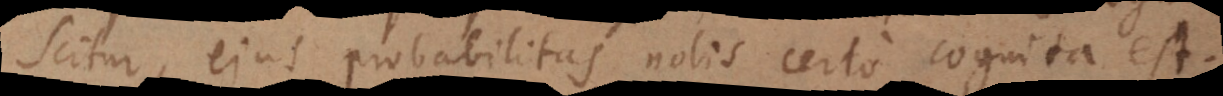
citur, ejus probabilitas nobis certo cognita est.